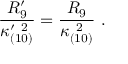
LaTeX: { \frac { R _ { 9 } ^ { \prime } } { \kappa _ { ( 1 0 ) } ^ { \prime \ 2 } } } = { \frac { R _ { 9 } } { \kappa _ { ( 1 0 ) } ^ { \ 2 } } } \ .